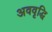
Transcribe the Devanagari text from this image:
अववृद्धि